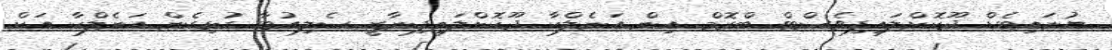
ޔުނައިޓެޑް ދޫކޮށްލައިފިވެސްޓް ބްރޮމް އިން އަނެލްކާ ދޫކޮށްލައިފިނާޒީ ސެލިއުޓާ ގުޅިގެން އަނެލްކާ އަށް